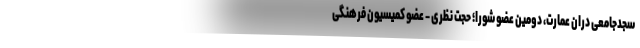
سجدجامعی دران عمارت، دومین عضو شورا؛ حجت نظری - عضو کمیسیون فرهنگی